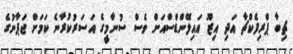
ޗިބާ ޕްރިފެކްޗާ އަދި އިޒޫ އައިލޭންޑްސްއަށް ވެސް ސުނާމީގެ އަސަރުކުރާނެ ކަމަށް ޖަޕާނުގެ